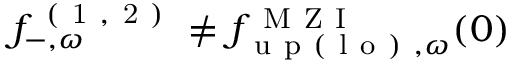
f _ { - , \omega } ^ { \mathrm { ~ ( ~ 1 ~ , ~ 2 ~ ) ~ } } \neq { f } _ { \mathrm { ~ u ~ p ~ ( ~ l ~ o ~ ) ~ } , \omega } ^ { \mathrm { ~ M ~ Z ~ I ~ } } ( 0 )